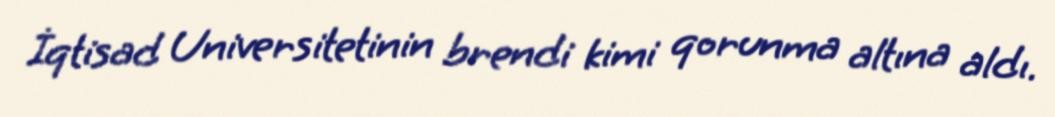
İqtisad Universitetinin brendi kimi qorunma altına aldı.